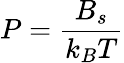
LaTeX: P={\frac{B_{s}}{k_{B}T}}